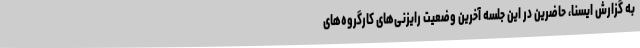
به گزارش ایسنا، حاضرین در این جلسه آخرین وضعیت رایزنی‌های کارگروه‌های